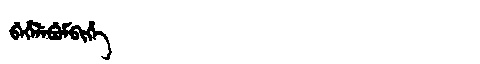
Manchu: ᠪᡝᡥᡝᠯᡝᠪᡠᠮᠪᡳᡥᡝ
Romanization: BEHELEBUMBIHE